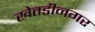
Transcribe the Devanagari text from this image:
खेतडीनगर